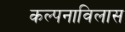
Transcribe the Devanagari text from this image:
कल्पनाविलास